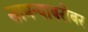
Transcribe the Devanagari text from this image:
सामन्याबरोबर